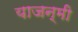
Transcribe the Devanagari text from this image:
याजन्मी